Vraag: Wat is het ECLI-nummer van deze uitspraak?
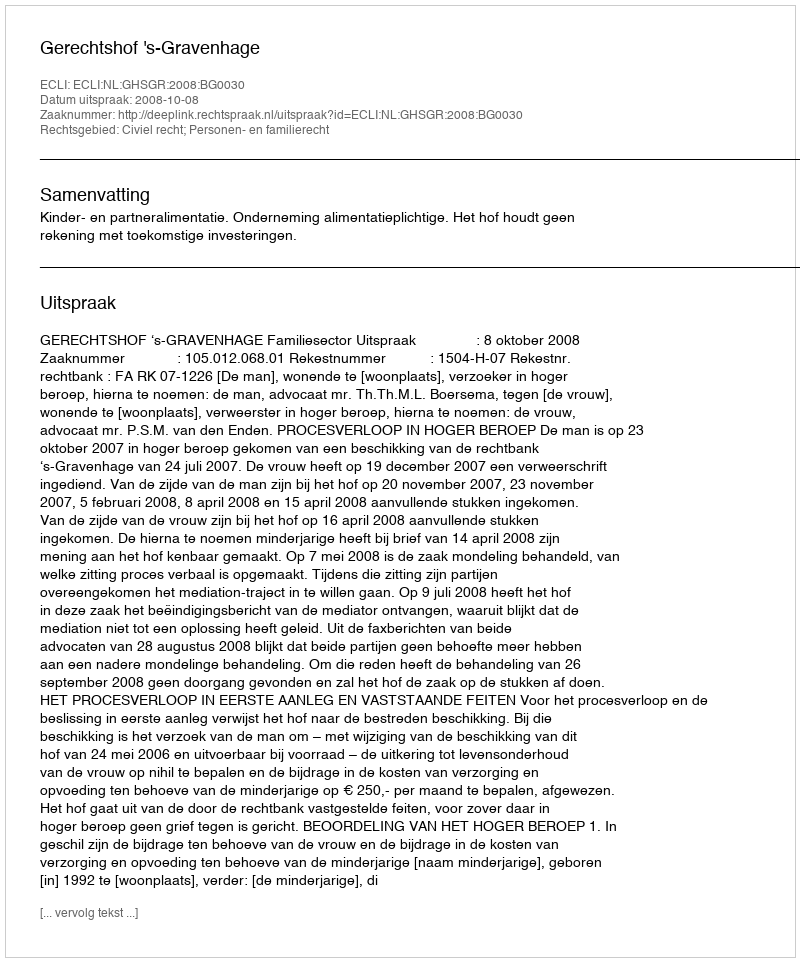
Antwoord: ECLI:NL:GHSGR:2008:BG0030